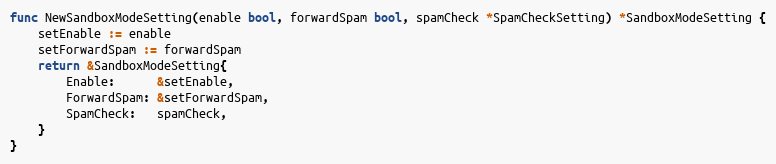
Language: Go
func NewSandboxModeSetting(enable bool, forwardSpam bool, spamCheck *SpamCheckSetting) *SandboxModeSetting {
	setEnable := enable
	setForwardSpam := forwardSpam
	return &SandboxModeSetting{
		Enable:      &setEnable,
		ForwardSpam: &setForwardSpam,
		SpamCheck:   spamCheck,
	}
}